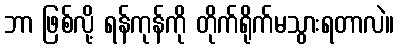
ဘာ ဖြစ်လို့ ရန်ကုန်ကို တိုက်ရိုက်မသွားရတာလဲ။